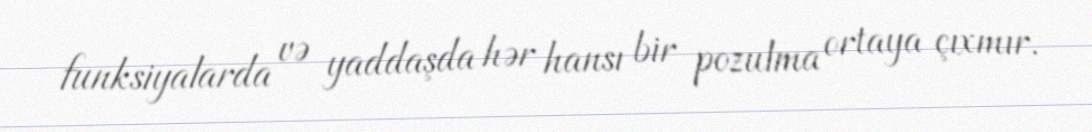
funksiyalarda və yaddaşda hər hansı bir pozulma ortaya çıxmır.